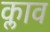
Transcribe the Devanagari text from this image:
क्लाव